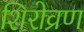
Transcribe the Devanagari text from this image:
शिरोव्रण